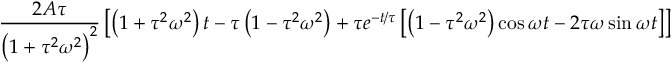
\frac { 2 A \tau } { \left( 1 + \tau ^ { 2 } \omega ^ { 2 } \right) ^ { 2 } } \left[ \left( 1 + \tau ^ { 2 } \omega ^ { 2 } \right) t - \tau \left( 1 - \tau ^ { 2 } \omega ^ { 2 } \right) + \tau e ^ { - t / \tau } \left[ \left( 1 - \tau ^ { 2 } \omega ^ { 2 } \right) \cos \omega t - 2 \tau \omega \sin \omega t \right] \right]